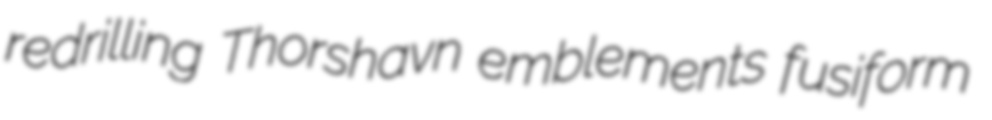
redrilling Thorshavn emblements fusiform